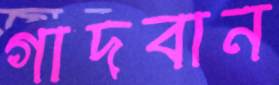
গাদবান